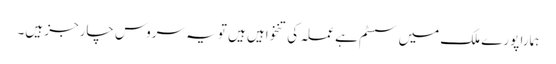
ہمارا پورے ملک میں سسٹم ہے عملہ کی تنخواہیں ہیں تو یہ سروس چارجز ہیں۔